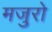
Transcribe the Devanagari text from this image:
मजुरो